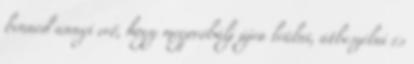
benned annyi erő, hogy megpróbálj újra leülni, átbeszélni és